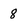
Character: 8